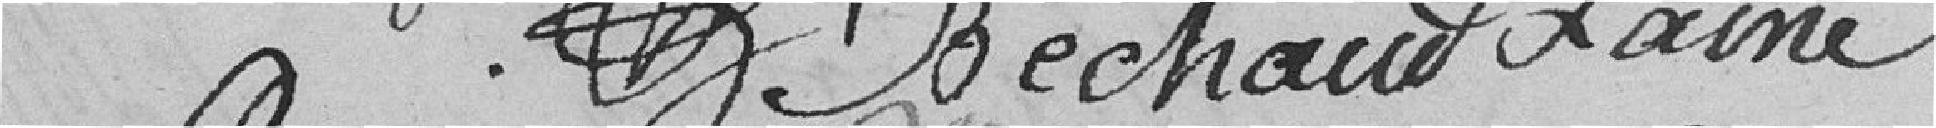
??   BECHAUD    LAINE